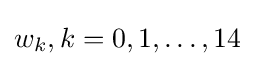
w_{k},k=0,1,\dots ,14